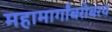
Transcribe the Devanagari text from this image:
महामार्गांबरोबरच